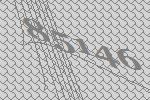
85146